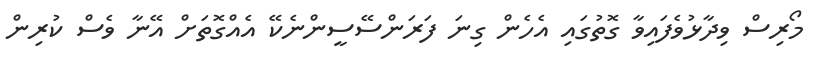
މޯރިސް ވިދާޅުވެފައިވާ ގޮތުގައި އެހެން ގިނަ ފަރަންސޭސީންނެކޭ އެއްގޮތަށް އޭނާ ވެސް ކުރިން